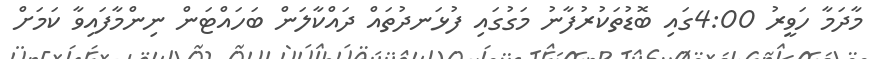
މާދަމާ ހަވީރު 4:00ގައި ބޮޑުތަކުރުފާނު މަގުގައި ފުޅަނދުތައް ދައްކާލަން ބަހައްޓަން ނިންމާފައިވާ ކަމަށް